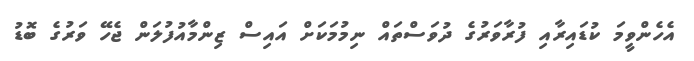
އެހެންވީމަ ކުޑައިރާއި ފުރާވަރުގެ ދުވަސްތައް ނިމުމަކަށް އައިސް ޒިންމާއުފުލަން ޖެހޭ ވަރުގެ ބޮޑު